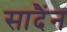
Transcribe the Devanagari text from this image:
सादैंन